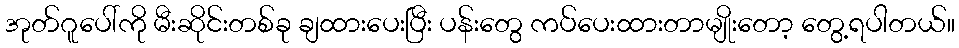
အုတ်ဂူပေါ်ကို မီးဆိုင်းတစ်ခု ချထားပေးပြီး ပန်းတွေ ကပ်ပေးထားတာမျိုးတော့ တွေ့ရပါတယ်။